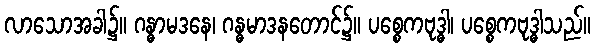
လာသောအခါ၌။ ဂန္ဓာမဒနေ၊ ဂန္ဓမာဒနတောင်၌။ ပစ္စေကဗုဒ္ဓါ၊ ပစ္စေကဗုဒ္ဓါသည်။